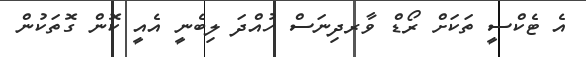
އެ ޓެކްސީ ތަކަށް ރޯޑް ވާރދިނަސް ހުއްދަ ލިބެނީ އެއީ ކޮން ގޮތަކުން